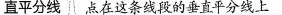
直平分线 点在这条线段的垂直平分线上